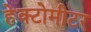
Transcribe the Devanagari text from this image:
हेक्टोमीटर